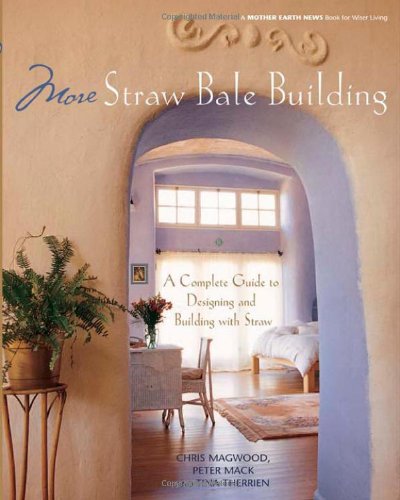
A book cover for More Straw Bale Building: A Complete Guide to Designing and Building with Straw (Mother Earth News Wiser Living Series); Chris Magwood; Arts & Photography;